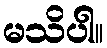
မသိပါ။